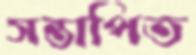
সন্তাপিত